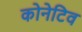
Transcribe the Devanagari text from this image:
कोनेटिव